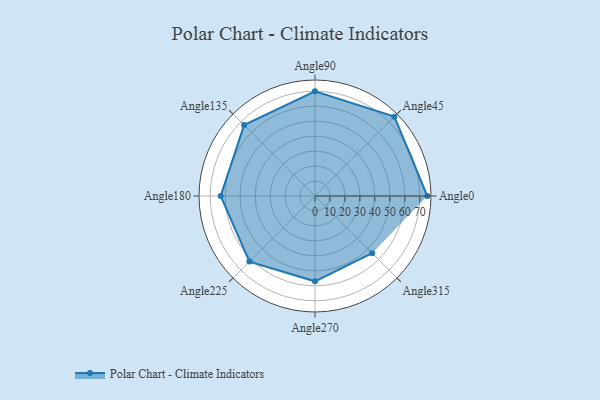
{"axis": {"x": "Angle", "y": "Radius"}, "legend": [""], "data": [{"x": "Angle0", "y": 75.0, "type": ""}, {"x": "Angle45", "y": 75.0, "type": ""}, {"x": "Angle90", "y": 70.0, "type": ""}, {"x": "Angle135", "y": 67.0, "type": ""}, {"x": "Angle180", "y": 63.0, "type": ""}, {"x": "Angle225", "y": 62.0, "type": ""}, {"x": "Angle270", "y": 57.0, "type": ""}, {"x": "Angle315", "y": 54.0, "type": ""}]}